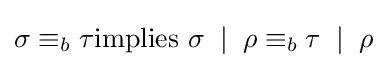
\sigma \equiv _{b}\tau {\mbox{implies }}\sigma \;\mid \;\rho \equiv _{b}\tau \;\mid \;\rho